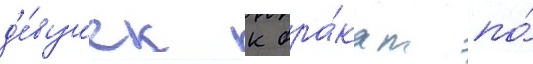
д'е́вушек к бра́кам по́